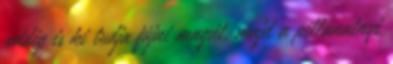
addig is ki tudja fújni magát, majd a pillanatnyi